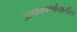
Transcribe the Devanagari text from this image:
उल्कावर्षावातील